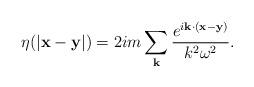
LaTeX: \begin{align*}\eta(|{\bf x - y}|) = 2im\sum_{\bf k}{\frac{e^{i{\bf k\cdot (x-y)}}}{k^2\omega^2}}.\end{align*}